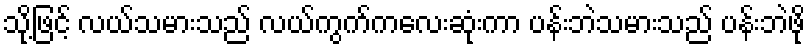
သို့ဖြင့် လယ်သမားသည် လယ်ကွက်ကလေးဆုံးကာ ပန်းဘဲသမားသည် ပန်းဘဲဖို